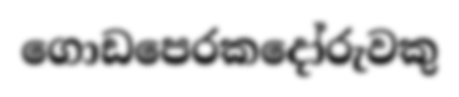
ගොඩපෙරකදෝරුවකු